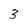
Character: 3